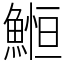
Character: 䱴